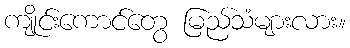
ကျိုင်းကောင်တွေ မြည်သံများလား။